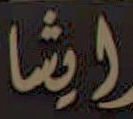
ايشا